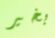
بخير